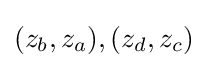
(z_{b},z_{a}),(z_{d},z_{c})